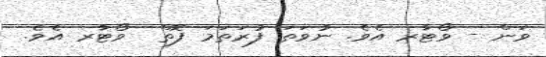
ވަން - ވޯޓާރ އެވެ. ނުވަތަ ފުރަތަމަ ފޮތް  ވޯޓާރ އެވެ.